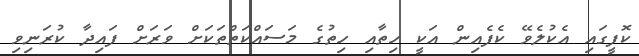
ކޮފީގައި އެކުލެވޭ ކެފެއިން އަކީ ހިތާއި ހިތުގެ މަސައްކަތްތަކަށް ވަރަށް ފައިދާ ކުރަނިވި